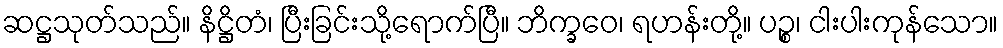
ဆဋ္ဌသုတ်သည်။ နိဋ္ဌိတံ၊ ပြီးခြင်းသို့ရောက်ပြီ။ ဘိက္ခဝေ၊ ရဟန်းတို့။ ပဉ္စ၊ ငါးပါးကုန်သော။